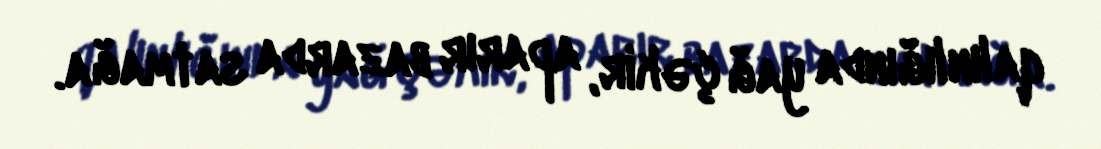
qalınlığında yağ çəkir, aparır bazarda satmağa.